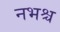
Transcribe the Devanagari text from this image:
नभश्च